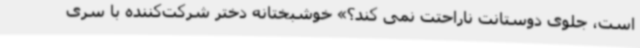
است، جلوی دوستانت ناراحتت نمی کند؟» خوشبختانه دختر شرکت‌کننده با سری